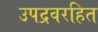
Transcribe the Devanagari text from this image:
उपद्रवरहित